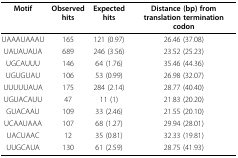
<table><thead><tr><td><b>Motif</b></td><td><b>Observed hits</b></td><td><b>Expected hits</b></td><td><b>Distance (bp) from translation termination codon</b></td></tr></thead><tbody><tr><td>UAAAUAAAU</td><td>165</td><td>121 (0.97)</td><td>26.46 (37.08)</td></tr><tr><td>UAUAUAUA</td><td>689</td><td>246 (3.56)</td><td>23.52 (25.23)</td></tr><tr><td>UGCAUUU</td><td>146</td><td>64 (1.76)</td><td>35.46 (44.36)</td></tr><tr><td>UGUGUAU</td><td>106</td><td>53 (0.99)</td><td>26.98 (32.07)</td></tr><tr><td>UUUUUAUA</td><td>175</td><td>284 (2.14)</td><td>28.77 (40.40)</td></tr><tr><td>UGUACAUU</td><td>47</td><td>11 (1)</td><td>21.83 (20.20)</td></tr><tr><td>GUACAAU</td><td>109</td><td>33 (2.46)</td><td>21.55 (20.10)</td></tr><tr><td>UCAAUAAA</td><td>107</td><td>68 (1.27)</td><td>29.94 (28.01)</td></tr><tr><td>UACUAAC</td><td>12</td><td>35 (0.81)</td><td>32.33 (19.81)</td></tr><tr><td>UUGCAUA</td><td>130</td><td>61 (2.59)</td><td>28.75 (41.93)</td></tr></tbody></table>